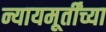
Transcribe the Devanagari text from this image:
न्यायमूर्तींच्या